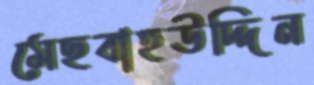
মেছবাহউদ্দিন